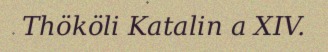
Thököli Katalin a XIV.